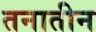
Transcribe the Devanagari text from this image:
तनातीन